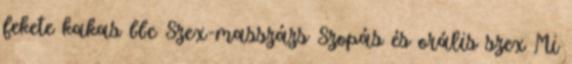
fekete kakas bbc Szex-masszázs Szopás és orális szex Mi